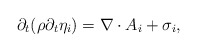
\begin{align*}\partial_t (\rho \partial_t \eta_i) = \nabla \cdot A_i + \sigma_i,\end{align*}